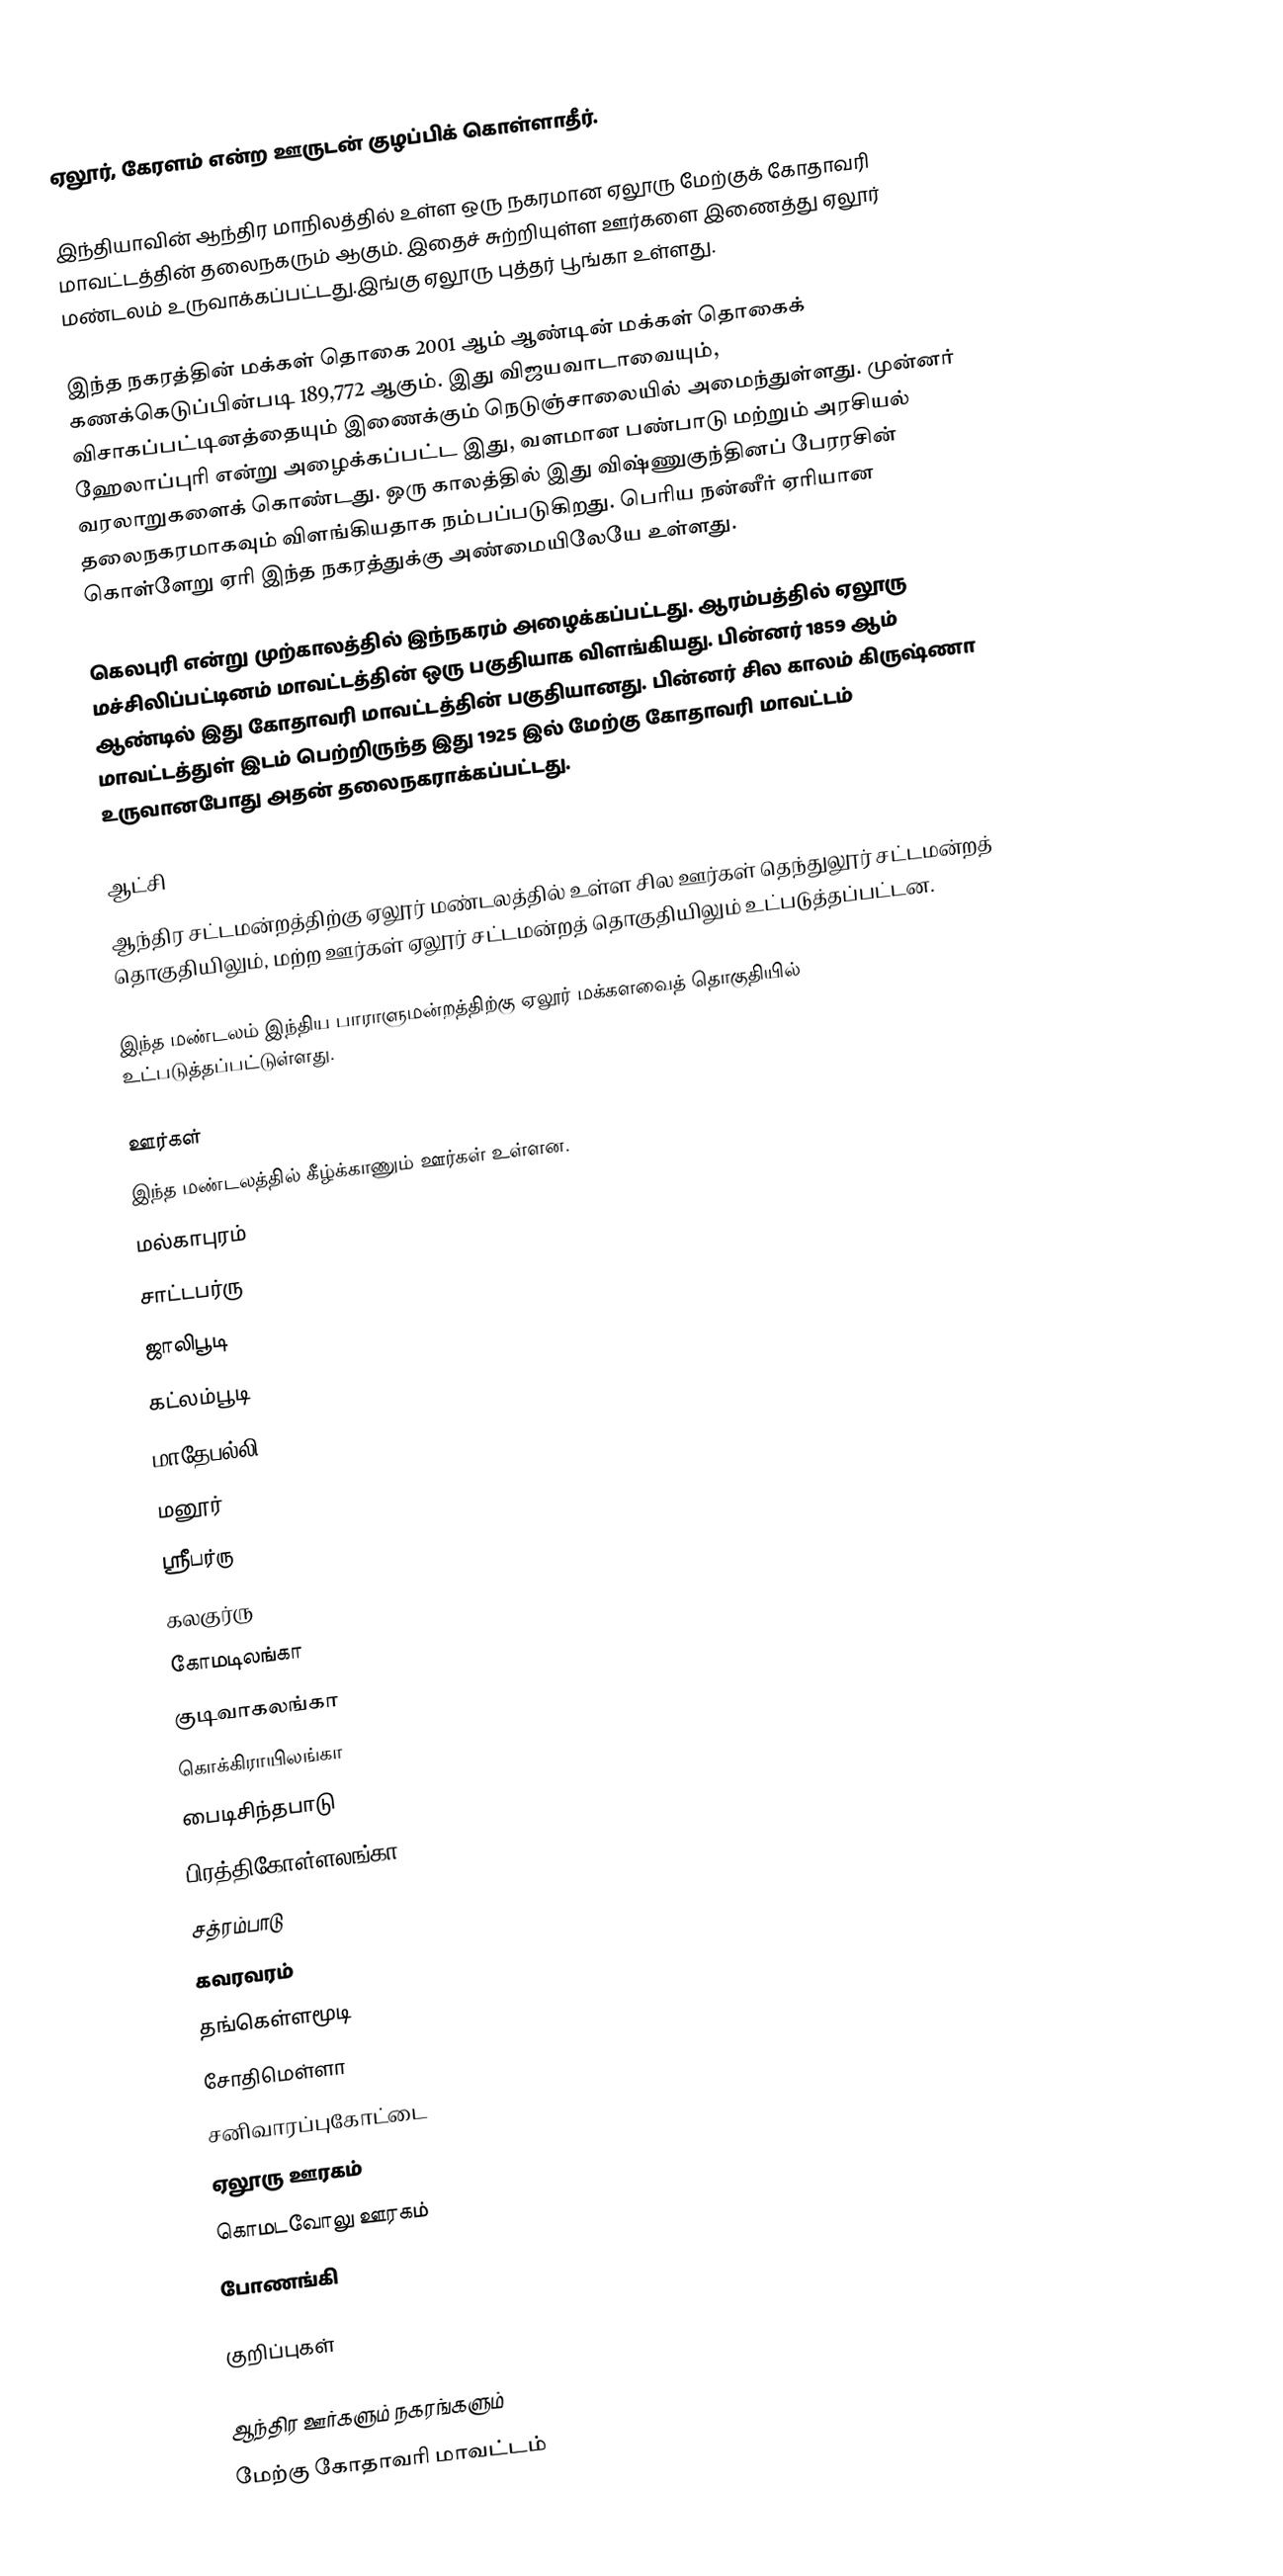
ஏலூர், கேரளம் என்ற ஊருடன் குழப்பிக் கொள்ளாதீர்.

இந்தியாவின் ஆந்திர மாநிலத்தில் உள்ள ஒரு நகரமான ஏலூரு மேற்குக் கோதாவரி மாவட்டத்தின் தலைநகரும் ஆகும். இதைச் சுற்றியுள்ள ஊர்களை இணைத்து ஏலூர் மண்டலம் உருவாக்கப்பட்டது.இங்கு ஏலூரு புத்தர் பூங்கா உள்ளது.

இந்த நகரத்தின் மக்கள் தொகை 2001 ஆம் ஆண்டின் மக்கள் தொகைக் கணக்கெடுப்பின்படி  189,772 ஆகும். இது விஜயவாடாவையும், விசாகப்பட்டினத்தையும் இணைக்கும் நெடுஞ்சாலையில் அமைந்துள்ளது. முன்னர் ஹேலாப்புரி என்று அழைக்கப்பட்ட இது, வளமான பண்பாடு மற்றும் அரசியல் வரலாறுகளைக் கொண்டது. ஒரு காலத்தில்  இது விஷ்ணுகுந்தினப் பேரரசின் தலைநகரமாகவும்   விளங்கியதாக  நம்பப்படுகிறது. பெரிய நன்னீர் ஏரியான கொள்ளேறு ஏரி இந்த நகரத்துக்கு அண்மையிலேயே உள்ளது.

கெலபுரி என்று முற்காலத்தில் இந்நகரம் அழைக்கப்பட்டது. ஆரம்பத்தில் ஏலூரு மச்சிலிப்பட்டினம் மாவட்டத்தின் ஒரு பகுதியாக விளங்கியது. பின்னர் 1859 ஆம் ஆண்டில் இது கோதாவரி மாவட்டத்தின் பகுதியானது. பின்னர் சில காலம் கிருஷ்ணா மாவட்டத்துள் இடம் பெற்றிருந்த இது 1925 இல் மேற்கு கோதாவரி மாவட்டம் உருவானபோது அதன் தலைநகராக்கப்பட்டது.

ஆட்சி
ஆந்திர சட்டமன்றத்திற்கு ஏலூர் மண்டலத்தில் உள்ள சில ஊர்கள் தெந்துலூர் சட்டமன்றத் தொகுதியிலும், மற்ற ஊர்கள் ஏலூர் சட்டமன்றத் தொகுதியிலும் உட்படுத்தப்பட்டன.

இந்த மண்டலம் இந்திய பாராளுமன்றத்திற்கு ஏலூர் மக்களவைத் தொகுதியில் உட்படுத்தப்பட்டுள்ளது.

ஊர்கள்
இந்த மண்டலத்தில் கீழ்க்காணும் ஊர்கள் உள்ளன.
மல்காபுரம்
சாட்டபர்ரு
ஜாலிபூடி
கட்லம்பூடி
மாதேபல்லி
மனூர்
ஸ்ரீபர்ரு
கலகுர்ரு
கோமடிலங்கா
குடிவாகலங்கா
கொக்கிராயிலங்கா
பைடிசிந்தபாடு
பிரத்திகோள்ளலங்கா
சத்ரம்பாடு
கவரவரம்
தங்கெள்ளமூடி
சோதிமெள்ளா
சனிவாரப்புகோட்டை
ஏலூரு ஊரகம்
கொமடவோலு ஊரகம்
போணங்கி

குறிப்புகள்

 ஆந்திர ஊர்களும் நகரங்களும்
மேற்கு கோதாவரி மாவட்டம்